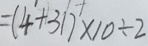
= ( 4 + 3 1 ) \times 1 0 \div 2